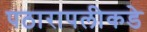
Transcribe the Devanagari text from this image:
पठारापलीकडे